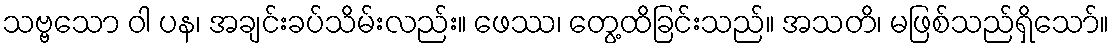
သဗ္ဗသော ဝါ ပန၊ အချင်းခပ်သိမ်းလည်း။ ဖေဿ၊ တွေ့ထိခြင်းသည်။ အသတိ၊ မဖြစ်သည်ရှိသော်။